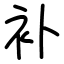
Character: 补